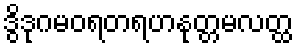
ဒွိဒုဂမဝရတရဟနုတ္တမလတ္ထ